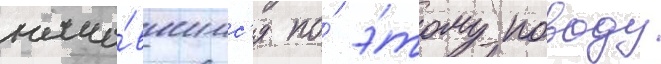
нача́вшимс'я по́ э́тому поводу